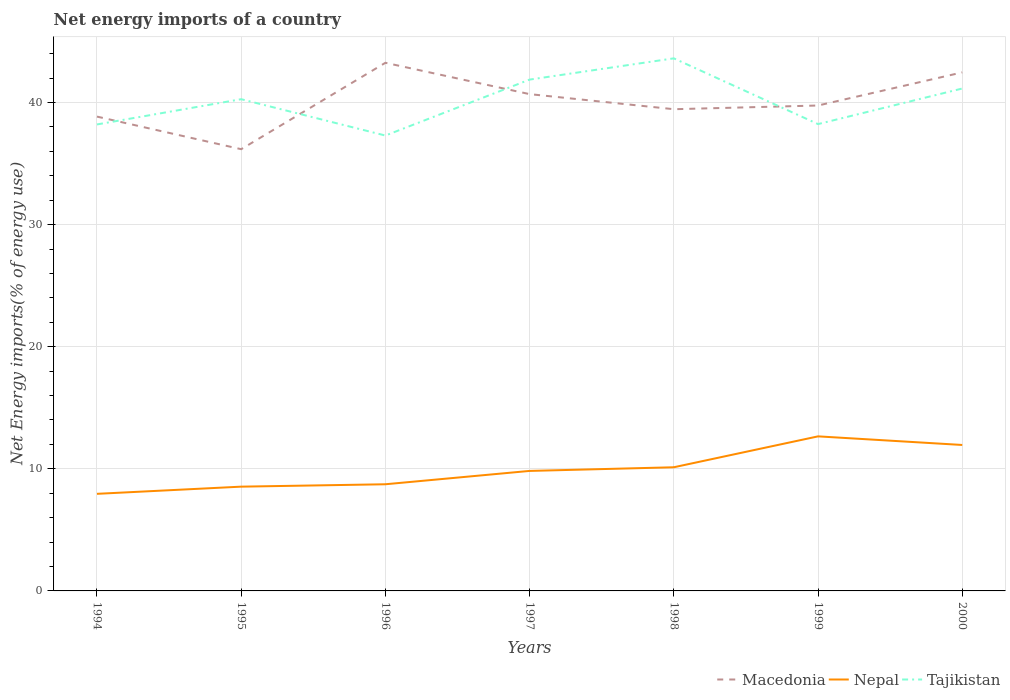
| Years | Macedonia | Nepal | Tajikistan |
 | --- | --- | --- | --- |
 | 1994 | 38.9 | 7.95 | 38.2 |
 | 1995 | 36.2 | 8.54 | 40.3 |
 | 1996 | 43.3 | 8.74 | 37.3 |
 | 1997 | 40.7 | 9.83 | 41.9 |
 | 1998 | 39.5 | 10.1 | 43.6 |
 | 1999 | 39.8 | 12.7 | 38.2 |
 | 2000 | 42.5 | 12 | 41.2 |